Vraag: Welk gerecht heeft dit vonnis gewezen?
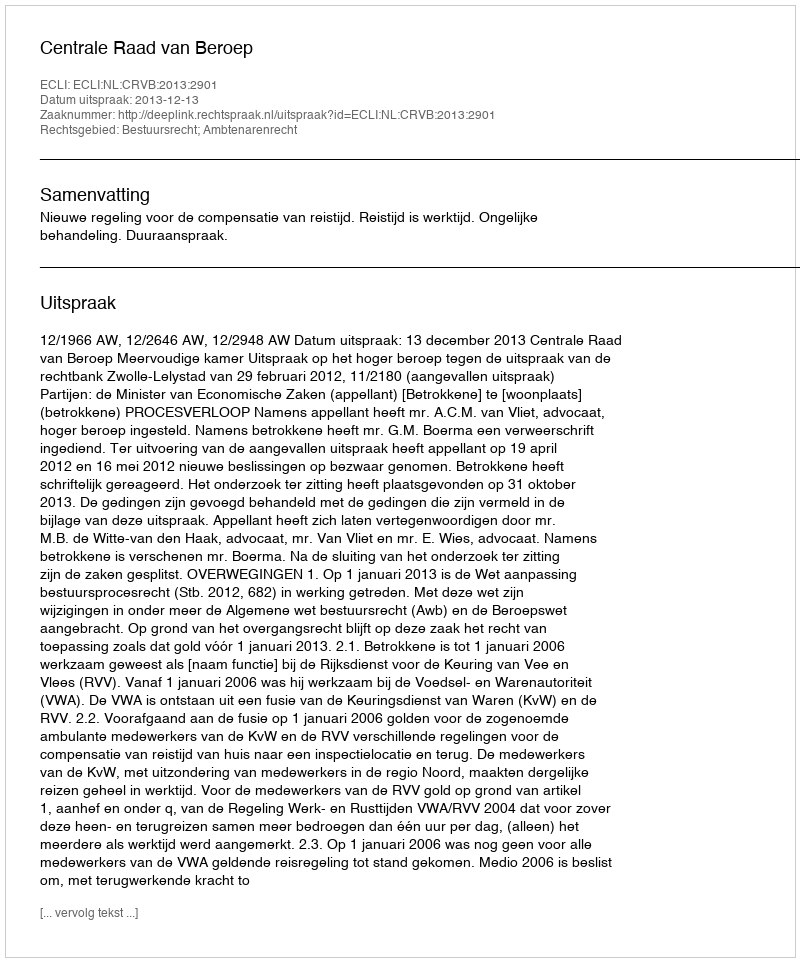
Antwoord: Centrale Raad van Beroep